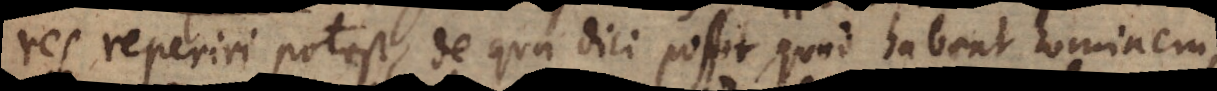
res reperiri potest, de qua dici possit, quod habeat hominem,